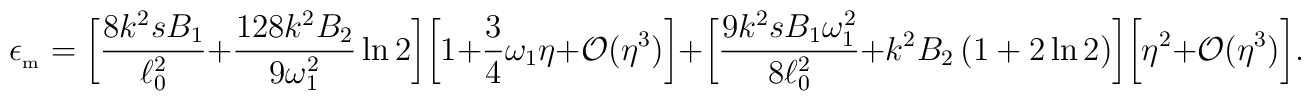
\epsilon _{_{\rm m}}=\biggl[\frac{8k^2s B_1}{\ell _0^2}+\frac{128k^2B_2}{9\omega _1^2}\ln2\biggr]\biggl[1+\frac{3}{4}\omega_1\eta +{\cal O}(\eta^3)\biggr]+\biggl[\frac{9k^2s B_1\omega _1^2}{8\ell _0^2}+k^2B_2\left(1+2\ln 2\right)\biggr]\biggr[\eta ^2 +{\cal O}(\eta^3)\biggr].